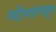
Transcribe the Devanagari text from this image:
ग्याँगसांगबुक